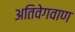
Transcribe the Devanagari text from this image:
अतिवेगवाण